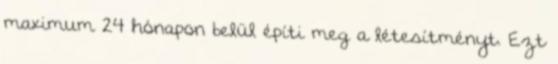
maximum 24 hónapon belül építi meg a létesítményt. Ezt